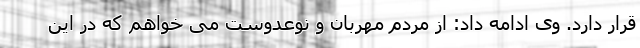
قرار دارد. وی ادامه داد: از مردم مهربان و نوعدوست می خواهم که در این